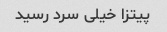
پیتزا خیلی سرد رسید